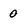
Character: 0